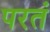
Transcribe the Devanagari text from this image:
परतं